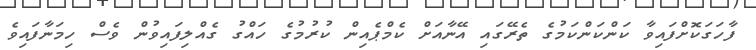
ފާހަގަކޮށްފައިވާ ކަންކަންކަމުގެ ތެރޭގައި އޭނާއަށް ކެމްޕެއިން ކުރުމުގެ ހައްގު ގެއްލިފައިވުން ވެސް ހިމަނާފައިވެ